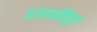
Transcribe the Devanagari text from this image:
प्रजापतिपुत्र